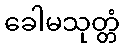
ခေါမသုတ္တံ